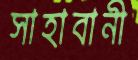
সাহাবানী